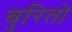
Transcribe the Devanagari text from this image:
बुरितो